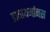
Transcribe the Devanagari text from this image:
डायाथर्मानस